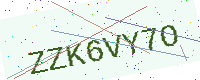
Text: ZZK6VY7O